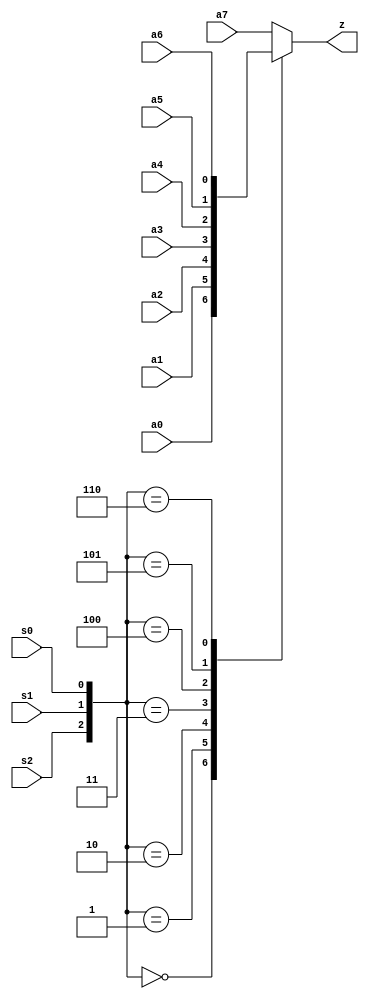
module mx8
(
	output	z,
	input		a0,
	input		a1,
	input		a2,
	input		a3,
	input		a4,
	input		a5,
	input		a6,
	input		a7,
	input		s0,
	input		s1,
	input		s2
);

reg z_obuf;

assign z = z_obuf;

always @(*)
begin
	case({s2, s1, s0})
		3'b000		: z_obuf = a0;
		3'b001		: z_obuf = a1;
		3'b010		: z_obuf = a2;
		3'b011		: z_obuf = a3;
		3'b100		: z_obuf = a4;
		3'b101		: z_obuf = a5;
		3'b110		: z_obuf = a6;
		default		: z_obuf = a7;
	endcase
end

endmodule